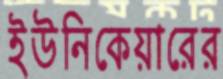
ইউনিকেয়ারের